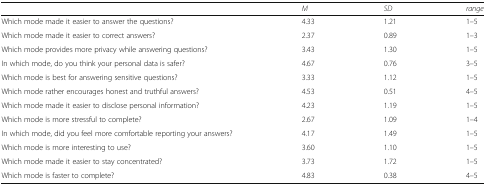
|  | M | SD | range |
 | --- | --- | --- | --- |
 | Which mode made it easier to answer the questions? | 4.33 | 1.21 | 1–5 |
 | Which mode made it easier to correct answers? | 2.37 | 0.89 | 1–3 |
 | Which mode provides more privacy while answering questions? | 3.43 | 1.30 | 1–5 |
 | In which mode, do you think your personal data is safer? | 4.67 | 0.76 | 3–5 |
 | Which mode is best for answering sensitive questions? | 3.33 | 1.12 | 1–5 |
 | Which mode rather encourages honest and truthful answers? | 4.53 | 0.51 | 4–5 |
 | Which mode made it easier to disclose personal information? | 4.23 | 1.19 | 1–5 |
 | Which mode is more stressful to complete? | 2.67 | 1.09 | 1–4 |
 | In which mode, did you feel more comfortable reporting your answers? | 4.17 | 1.49 | 1–5 |
 | Which mode is more interesting to use? | 3.60 | 1.10 | 1–5 |
 | Which mode made it easier to stay concentrated? | 3.73 | 1.72 | 1–5 |
 | Which mode is faster to complete? | 4.83 | 0.38 | 4–5 |